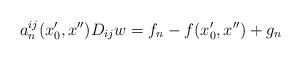
\begin{align*}a_n^{ij}(x_0',x'')D_{ij}w=f_n-f(x_0',x'')+g_n\end{align*}